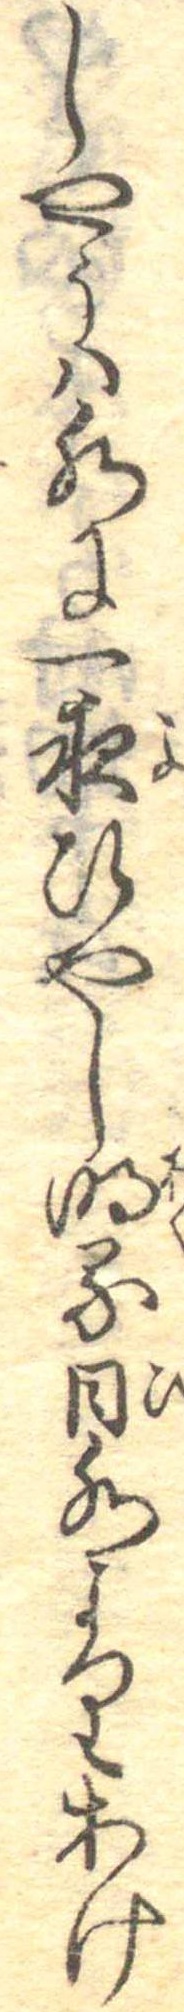
しやうは水に一夜ひやし明る日水よりあけ